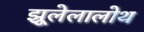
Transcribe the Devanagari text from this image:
झूलेलालोथ